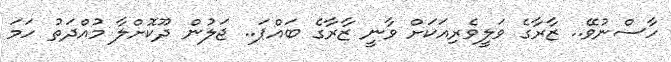
ހާސްނުވޭ.. ޒާރާގެ ވަލީވެރިއަކަށް ވާނީ ޒާރާގެ ބައްޕަ.. ޖަލުން ދޫކޮށްލާ މުއްދަތު ހަމަ